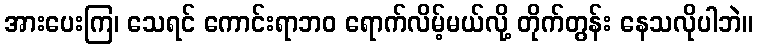
အားပေးကြ၊ သေရင် ကောင်းရာဘဝ ရောက်လိမ့်မယ်လို့ တိုက်တွန်း နေသလိုပါဘဲ။